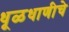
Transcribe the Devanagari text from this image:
धूळधाणीचे